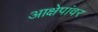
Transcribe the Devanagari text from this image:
आक्षेपांवर